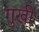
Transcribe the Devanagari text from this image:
गुखी